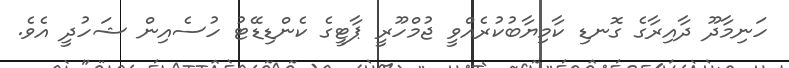
ހަނިމާދޫ ދާއިރާގެ ގޮނޑި ކާމިޔާބުކުރެއްވީ ޖުމްހޫރީ ޕާޓީގެ ކެންޑިޑޭޓު ހުސެއިން ޝަހުދީ އެވެ.